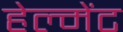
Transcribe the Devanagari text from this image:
हेल्मेंट